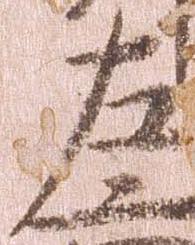
左